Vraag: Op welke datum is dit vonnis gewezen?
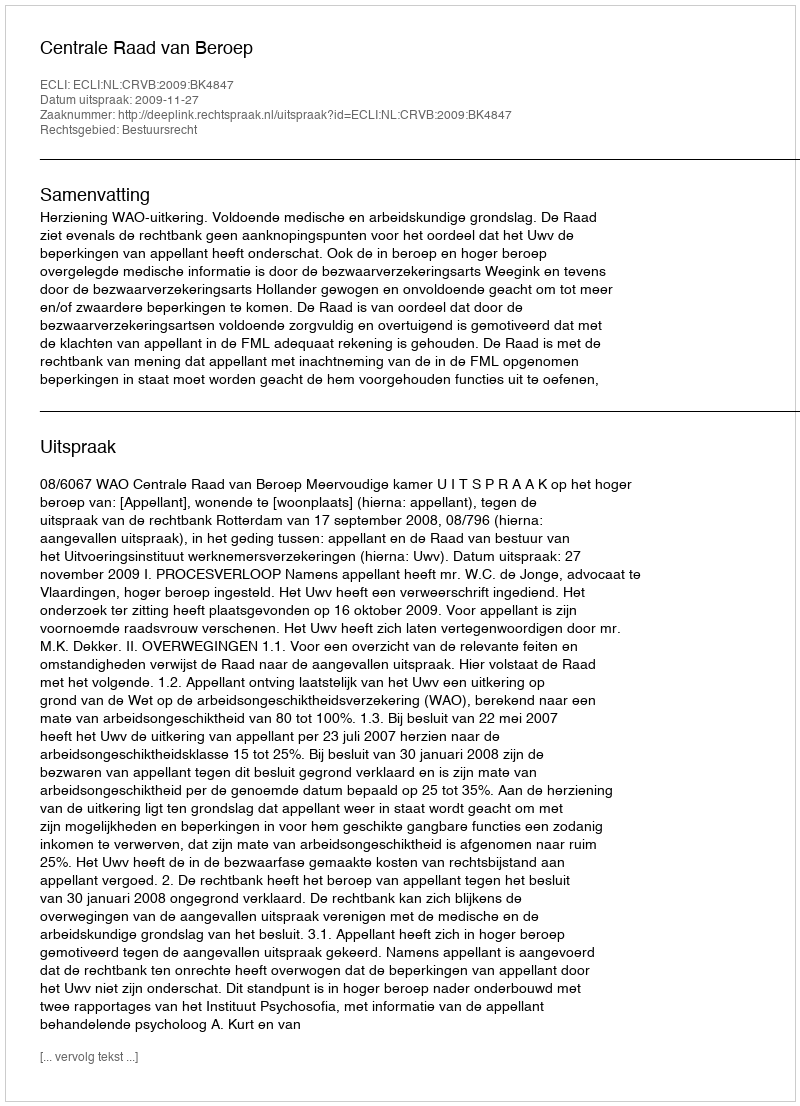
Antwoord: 2009-11-27